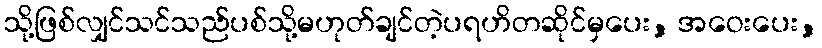
သို့ဖြစ်လျှင်သင်သည်ပစ်သို့မဟုတ်ချင်တဲ့ပရဟိတဆိုင်မှပေး, အဝေးပေး,